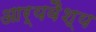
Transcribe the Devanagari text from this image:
आर्यवैश्‍य